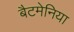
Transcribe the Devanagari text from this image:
बैटमेनिया